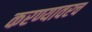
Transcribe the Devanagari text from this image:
करण्यावरच